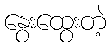
နွေးထွေးတဲ့